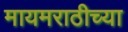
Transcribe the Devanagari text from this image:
मायमराठीच्या